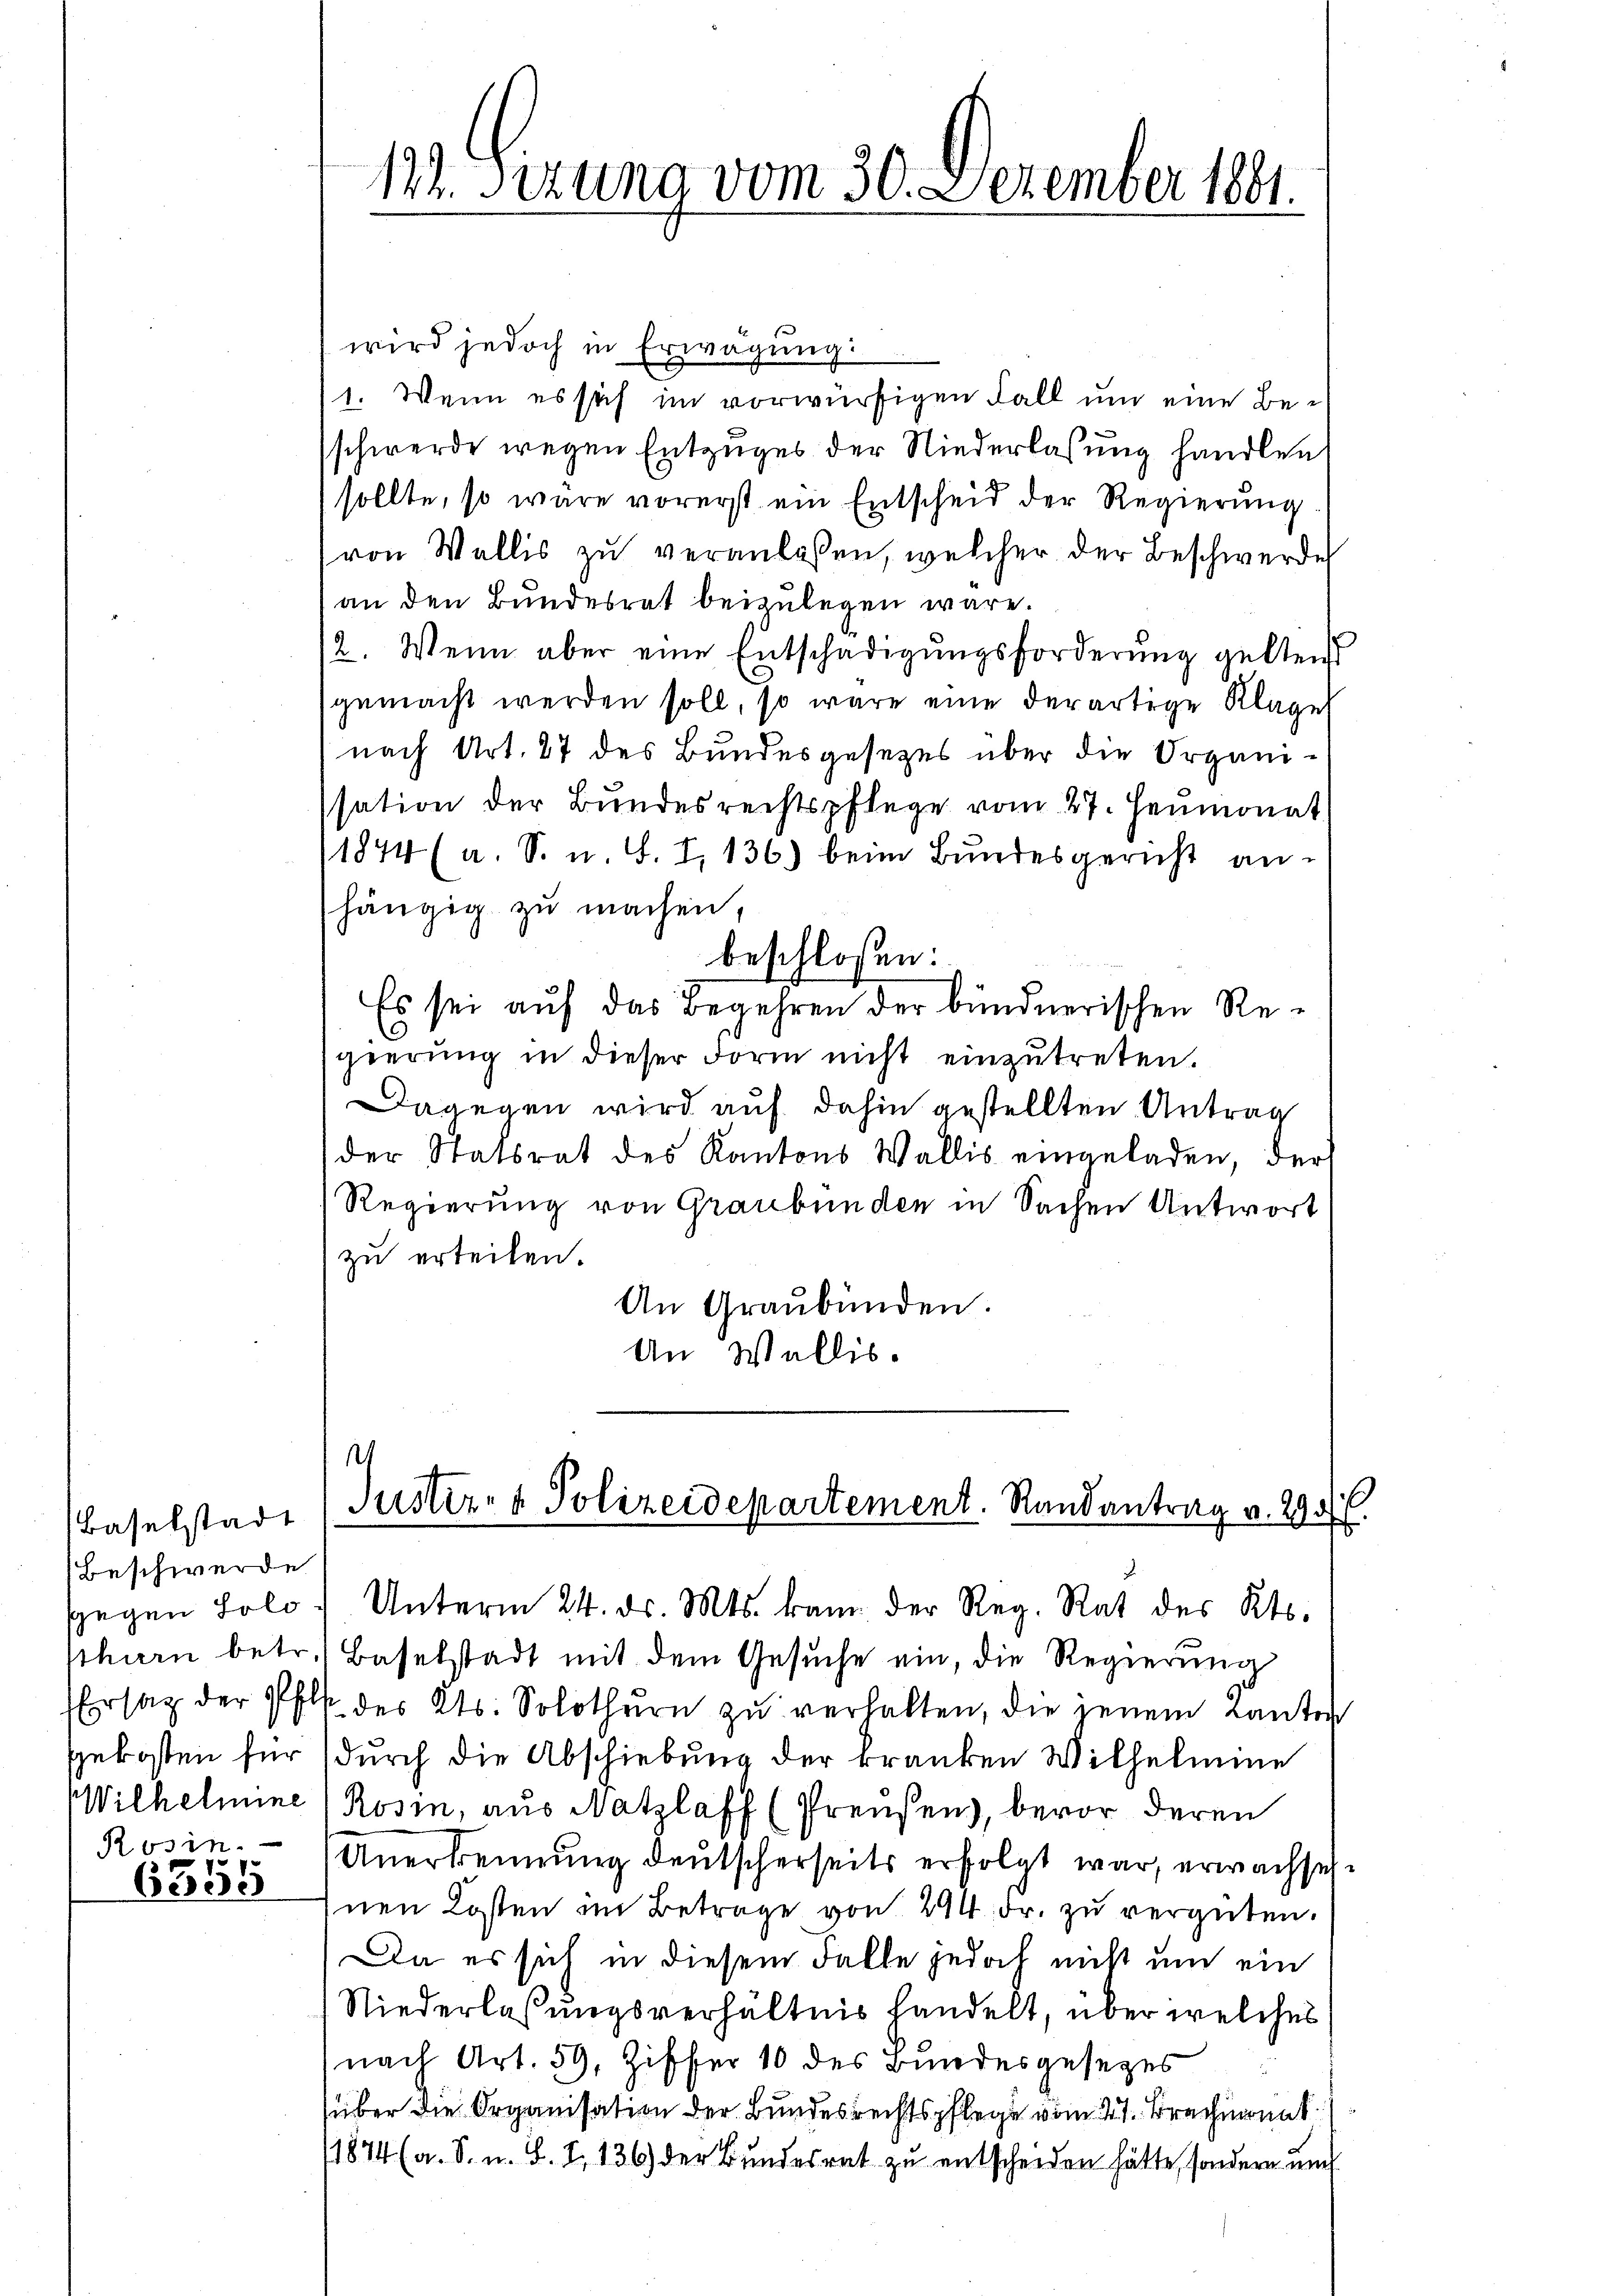
Baselstadt
Beschwerde
Rosin.

wird jedoch in Erwägung:
1. Wenn es sich im vorwürfigen Fall um eine Beschwerde wegen Entzuges der Niederlassung handlen
sollte, so wäre vorerst ein Entscheid der Regierung
von Wallis zu veranlaßen, welcher der Beschwerde
an den Bundesrat beizulegen wäre.
2. Wenn aber eine Entschädigungsforderung geltend
gemacht werden soll, so wäre eine derartige Klage
nach Art. 27 des Bundesgesetzes über die Organisation der Bundesrechtspflege vom 27. Heumonat
11844 (a. S. u. S. I, 136) beim Bundesgericht an-
hängig zu machen.
beschlossen:
Es sei auf das Begehren der bündnerischen Re¬
.
sgierŭng in dieser Form nicht einzŭtreten.
Dagegen wird auf dahin gestellten Antrag
der Statsrat des Kantons Wallis eingeladen, der
Regierung von Graubünden in Sachen Antwort
zu erteilen.
An Graubünden.
An Wallis.
1
Justiz- & Polizeidepartement. Randantrag v. 290 f.
sgegen Lolo. Unterm 24. ds. Mts. kann der Reg. Rat des Kts.
sthurn betr. Baselstadt mit dem Gesuche ein, die Regierung
Ersatz der Pfl des Kts. Solothŭrn zŭ verhalten, die jenem Kanton
gekosten für durch die Abschiebung der kranken Wilhelmine
Wilhelmine (Rosin, aus Natzlaff (Preusen, bevor deren
Anerkennung deutscherseits erfolgt war, erwachseh¬
63288 Inen Kosten im Betrage von 294 Fr. zu vergüten.
Da es sich in diesem Falle jedoch nicht um ein
Niederlaßungsverhältnis handelt, über welches
nach Art. 59, Ziffer 10 des Bundesgesezes
über die Organisation der Bundesrechtspflege vom 21. Brachmonat
(1874 (a. S. u. L. I. 136) der Bundesrat zu entscheiden hätte, sondern und

122. Sizung vom 30. Dezember 1891.